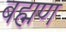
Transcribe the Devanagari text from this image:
बह्मण